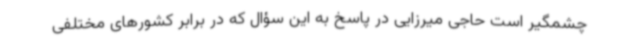
چشمگیر است حاجی میرزایی در پاسخ به این سؤال که در برابر کشورهای مختلفی